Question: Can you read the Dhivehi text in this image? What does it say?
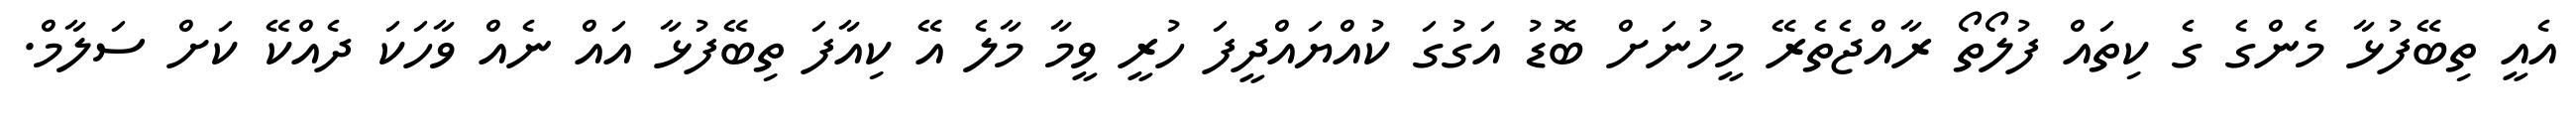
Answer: އެއީ ތިބޭފުޅާ މެންގެ ގެ ކިތައް ފުލޯތޯ ރާއްޖެތެރޭ މީހުނަށް ބޮޑު އަގުގަ ކުއްޔައްދީފަ ހުރީ ވީމާ މާލެ އޭ ކިއާފަ ތިބޭފުޅާ އައް ނެއް ވާހަކަ ދެއްކޭ ކަށް ސަލާމް.